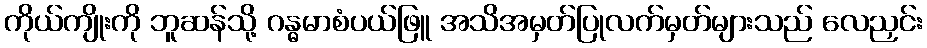
ကိုယ်ကျိုးကို ဘူဆန်သို့ ဂန္ဓမာစံပယ်ဖြူ အသိအမှတ်ပြုလက်မှတ်များသည် လေညှင်း